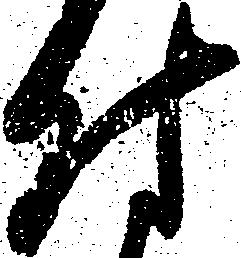
付